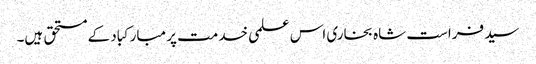
سید فراست شاہ بخاری اس علمی خدمت پر مبارکباد کے مستحق ہیں۔